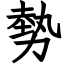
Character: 勢